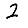
Digit: 2